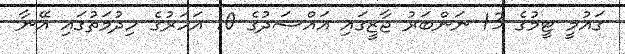
ގައުމީ ޓީމުގެ 13 ނަންބަރު ޖާޒީގައި އައްސަދުގެ 10 އަހަރުގެ ހިދުމަތުގައި އޭނާ